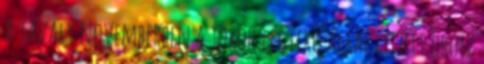
A tavaly novemberben a török légierő által lelőtt orosz